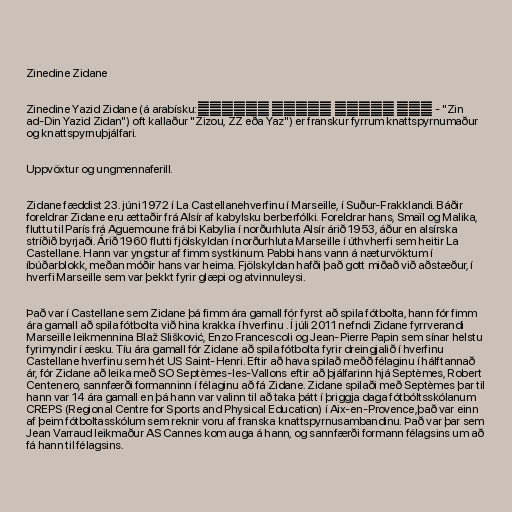
Zinedine Zidane

Zinedine Yazid Zidane (á arabísku:زين الدين زيدان اليزيد - "Zin
ad-Din Yazid Zidan") oft kallaður "Zizou, ZZ eða Yaz") er franskur fyrrum knattspyrnumaður
og knattspyrnuþjálfari.

Uppvöxtur og ungmennaferill.

Zidane fæddist 23. júni 1972 í La Castellanehverfinu í Marseille, í Suður-Frakklandi. Báðir
foreldrar Zidane eru ættaðir frá Alsír af kabylsku berberfólki. Foreldrar hans, Smaïl og Malika,
fluttu til París frá Aguemoune frá bi Kabylia í norðurhluta Alsír árið 1953, áður en alsírska
stríðið byrjaði. Árið 1960 flutti fjölskyldan í norðurhluta Marseille í úthvherfi sem heitir La
Castellane. Hann var yngstur af fimm systkinum. Pabbi hans vann á næturvöktum í
íbúðarblokk, meðan móðir hans var heima. Fjölskyldan hafði það gott miðað við aðstæður, í
hverfi Marseille sem var þekkt fyrir glæpi og atvinnuleysi.

Það var í Castellane sem Zidane þá fimm ára gamall fór fyrst að spila fótbolta, hann fór fimm
ára gamall að spila fótbolta við hina krakka í hverfinu . Í júli 2011 nefndi Zidane fyrrverandi
Marseille leikmennina Blaž Slišković, Enzo Francescoli og Jean-Pierre Papin sem sínar helstu
fyrimyndir í æsku. Tíu ára gamall fór Zidane að spila fótbolta fyrir dreingjalið í hverfinu
Castellane hverfinu sem hét US Saint-Henri. Eftir að hava spilað meðð félaginu í hálftannað
ár, fór Zidane að leika með SO Septèmes-les-Vallons eftir að þjálfarinn hjá Septèmes, Robert
Centenero, sannfærði formanninn í félaginu að fá Zidane. Zidane spilaði með Septèmes þar til
hann var 14 ára gamall en þá hann var valinn til að taka þátt í þriggja daga fótbóltsskólanum
CREPS (Regional Centre for Sports and Physical Education) í Aix-en-Provence,það var einn
af þeim fótboltasskólum sem reknir voru af franska knattspyrnusambandinu. Það var þar sem
Jean Varraud leikmaður AS Cannes kom auga á hann, og sannfærði formann félagsins um að
fá hann til félagsins.